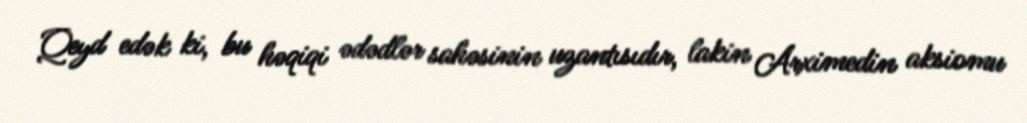
Qeyd edək ki, bu həqiqi ədədlər sahəsinin uzantısıdır, lakin Arximedin aksiomu